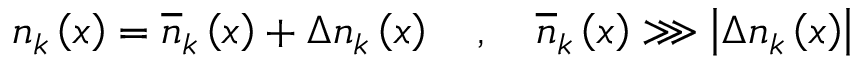
n _ { k } \left( x \right) = \overline { { n } } _ { k } \left( x \right) + \Delta n _ { k } \left( x \right) \quad , \quad \overline { { n } } _ { k } \left( x \right) \ggg \left| \Delta n _ { k } \left( x \right) \right|